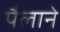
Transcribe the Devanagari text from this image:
पैलाने